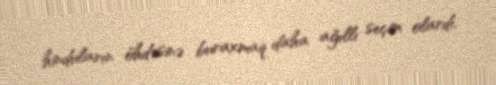
hinduların öhdəsinə buraxmaq daha ağıllı seçim olardı.